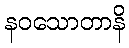
နဝသောတာနိ